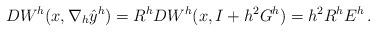
LaTeX: \begin{align*}DW^h(x,\nabla_h\hat{y}^h) = R^hDW^h(x, I + h^2G^h) = h^2R^hE^h\,.\end{align*}